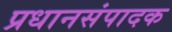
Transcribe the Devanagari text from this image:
प्रधानसंपादक